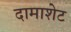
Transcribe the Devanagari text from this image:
दामाशेट